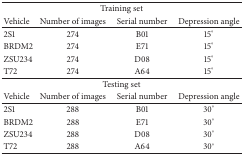
| <COLSPAN=4> Training set |
 | Vehicle | Number of images | Serial number | Depression angle |
 | --- | --- | --- | --- |
 | 2S1 | 274 | B01 | 15° |
 | BRDM2 | 274 | E71 | 15° |
 | ZSU234 | 274 | D08 | 15° |
 | T72 | 274 | A64 | 15° |
 | <COLSPAN=4> Testing set |
 | Vehicle | Number of images | Serial number | Depression angle |
 | 2S1 | 288 | B01 | 30° |
 | BRDM2 | 288 | E71 | 30° |
 | ZSU234 | 288 | D08 | 30° |
 | T72 | 288 | A64 | 30° |